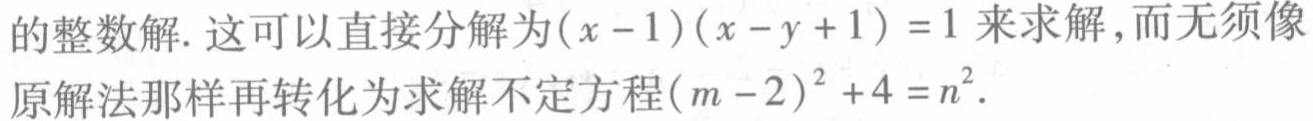
的整数解. 这可以直接分解为\((x - 1)(x - y + 1)=1\)来求解，而无须像原解法那样再转化为求解不定方程\((m - 2)^{2}+4 = n^{2}\).